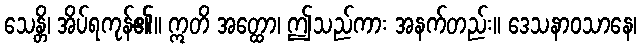
သေန္တိ၊ အိပ်ရကုန်၏။ ဣတိ အတ္ထော၊ ဤသည်ကား အနက်တည်း။ ဒေသနာဝသာနေ၊